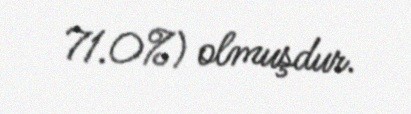
71.0%) olmuşdur.